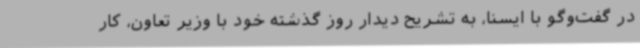
در گفت‌وگو با ایسنا، به تشریح دیدار روز گذشته خود با وزیر تعاون، کار